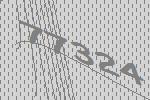
77324